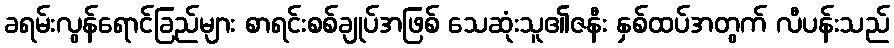
ခရမ်းလွန်ရောင်ခြည်များ စာရင်းစစ်ချုပ်အဖြစ် သေဆုံးသူ၏ဇနီး နှစ်ထပ်အတွက် လီပန်းသည်